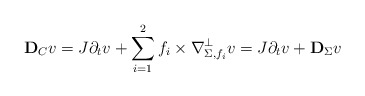
\begin{align*}\mathbf D_Cv &=J\partial_tv +\sum_{i=1}^2f_i\times \nabla_{\Sigma,f_i} ^\perp v=J\partial_tv+\mathbf D_{\Sigma} v\end{align*}